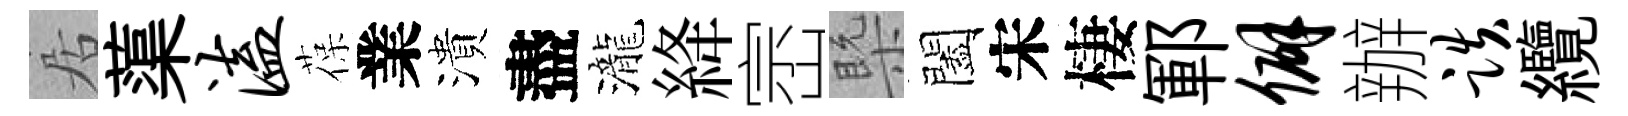
居蕖溘葆業潰盡瀧絳崈槩闔宋棲鄆僻辦跌纜